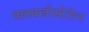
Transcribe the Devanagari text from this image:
फ्लक्लीस्टेरोन